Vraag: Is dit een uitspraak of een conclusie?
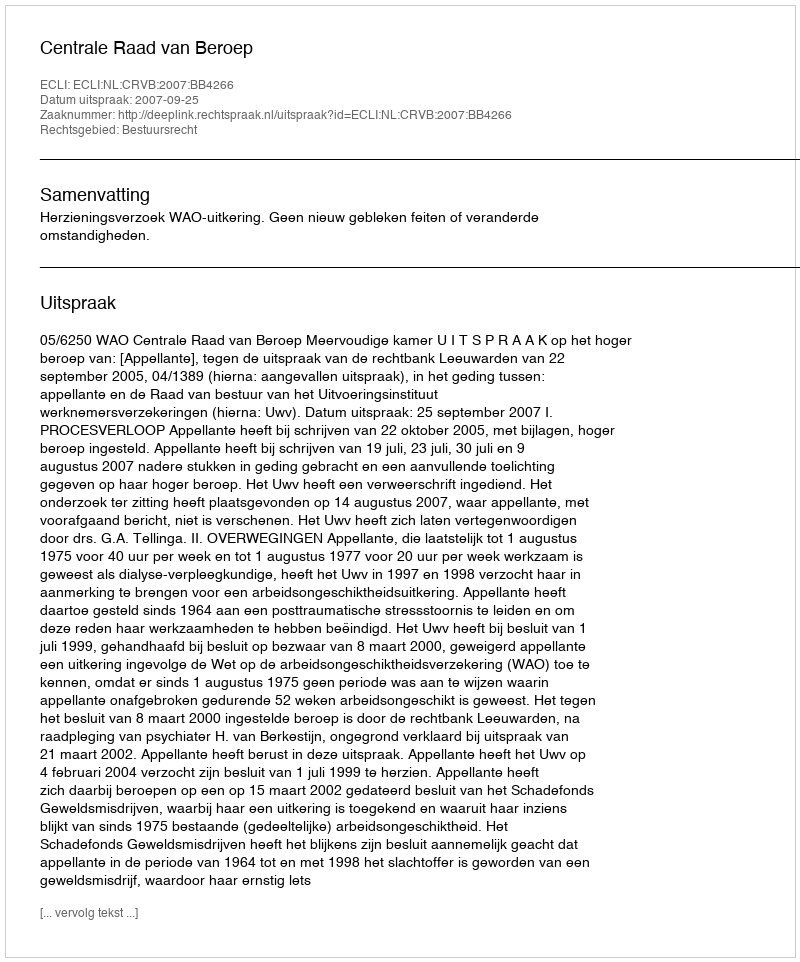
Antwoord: Uitspraak